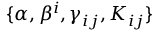
\{ \alpha , \beta ^ { i } , \gamma _ { i j } , K _ { i j } \}